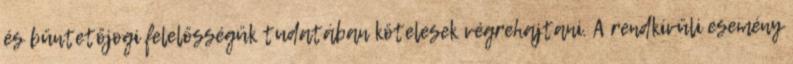
és büntetőjogi felelősségük tudatában kötelesek végrehajtani. A rendkívüli esemény